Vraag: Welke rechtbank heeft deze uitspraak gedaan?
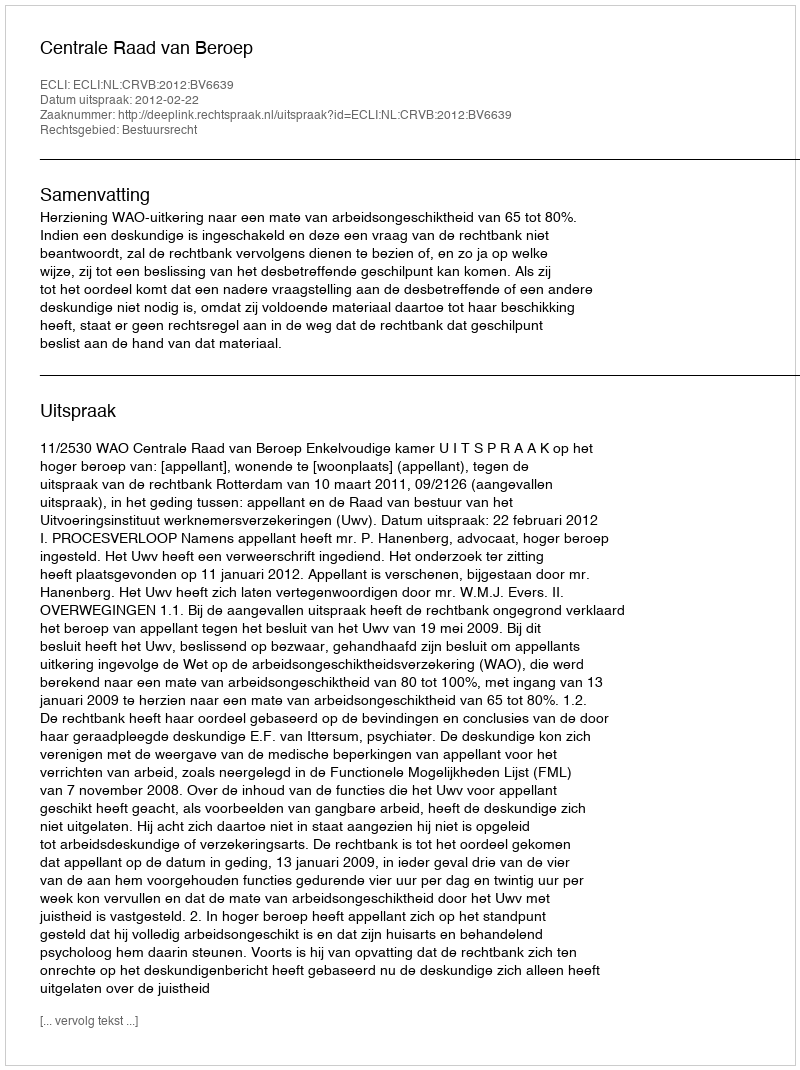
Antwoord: Centrale Raad van Beroep